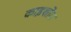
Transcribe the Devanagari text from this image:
काइशोम